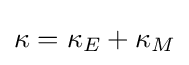
\kappa =\kappa _{E}+\kappa _{M}